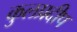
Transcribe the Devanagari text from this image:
कुलप्रदीप